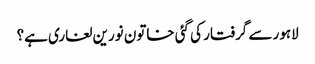
لاہور سے گرفتار کی گئی خاتون نورین لغاری ہے؟